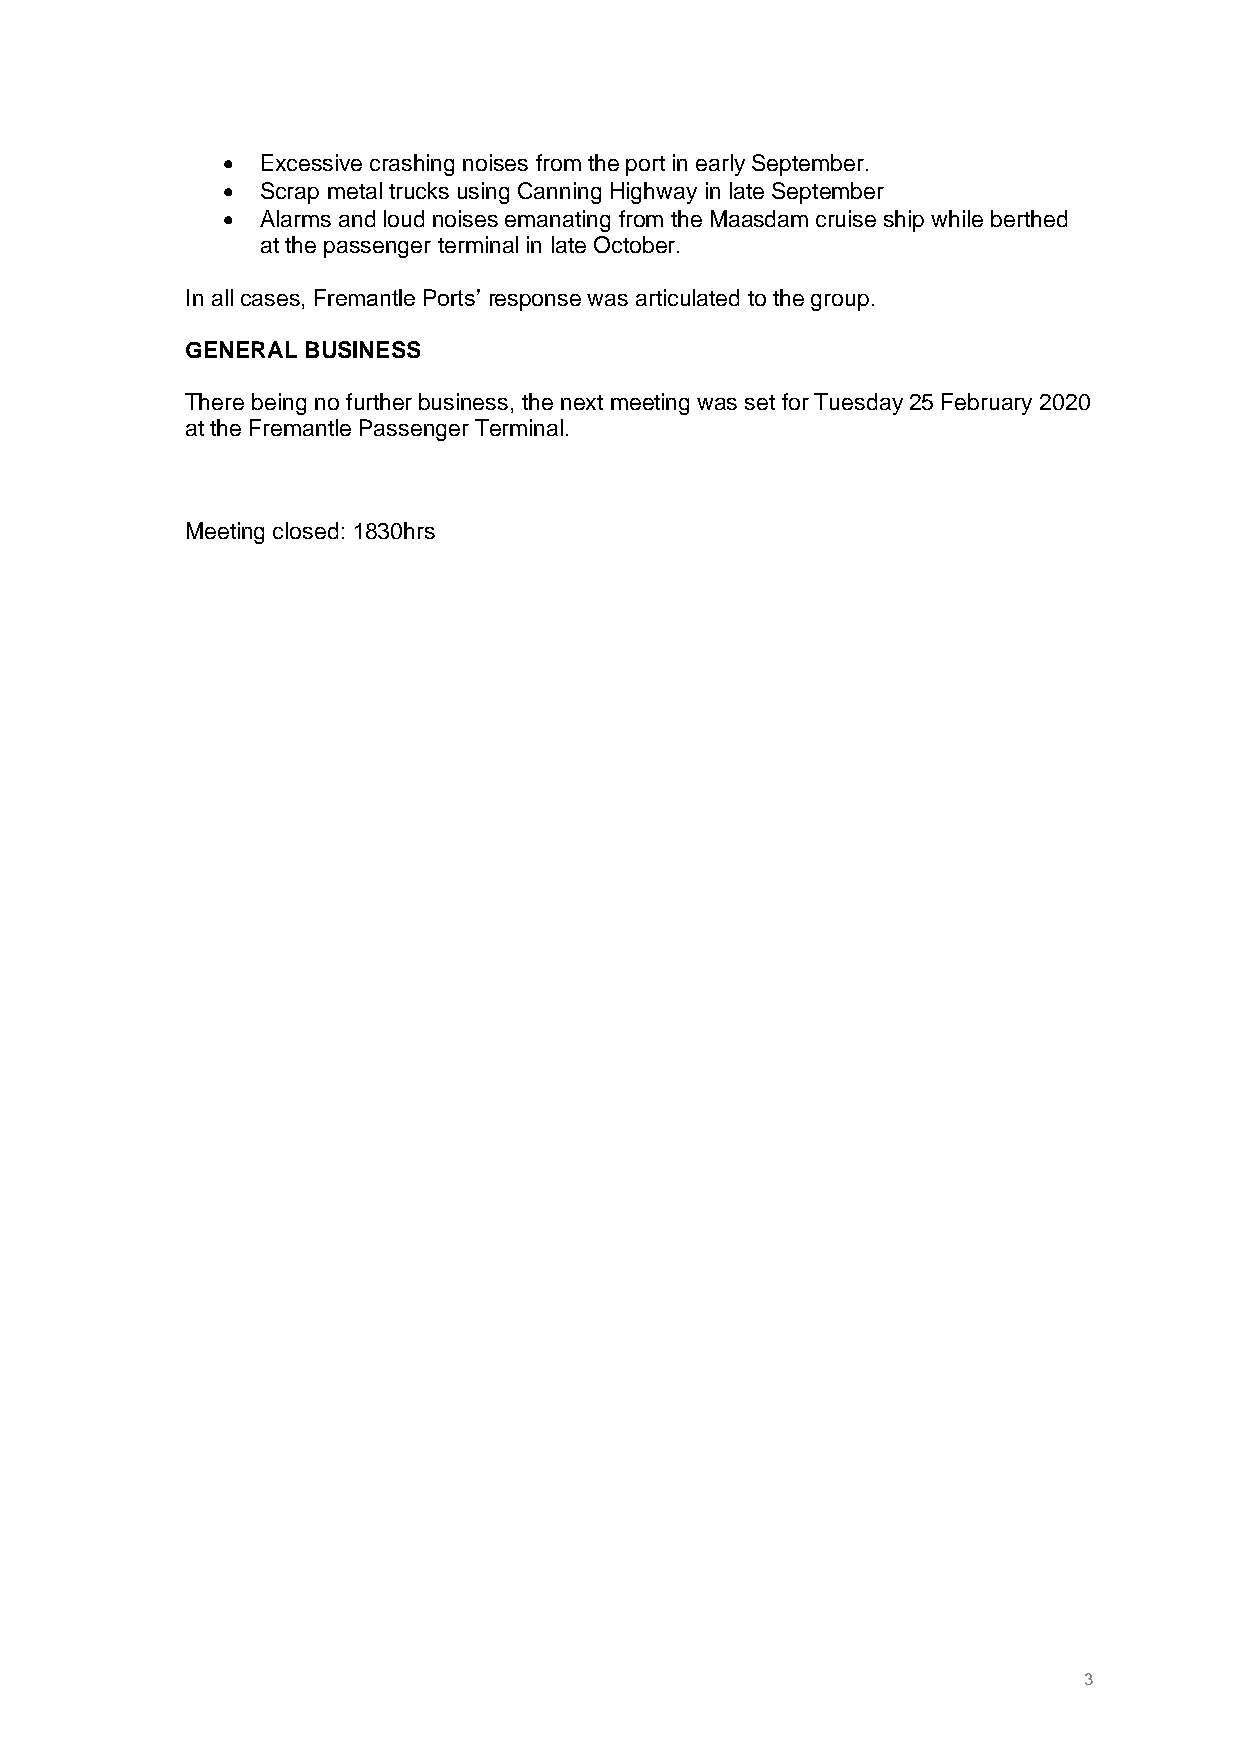
• Excessive crashing noises from the port in early September.
 • Scrap metal trucks using Canning Highway in late September
 • Alarms and loud noises emanating from the Maasdam cruise ship while berthed
 at the passenger terminal in late October.
 In all cases, Fremantle Ports’ response was articulated to the group.
 GENERAL BUSINESS
 There being no further business, the next meeting was set for Tuesday 25 February 2020
 at the Fremantle Passenger Terminal.
 Meeting closed: 1830hrs
 3